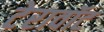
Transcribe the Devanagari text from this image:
टेरावॉट